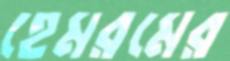
হেমরমের